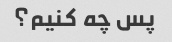
پس چه کنیم؟